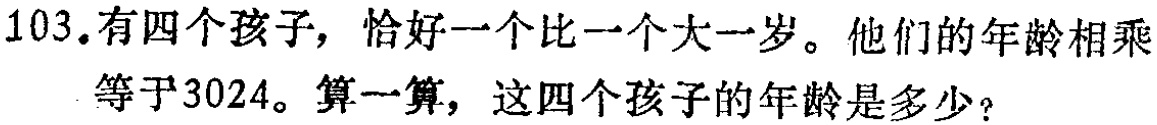
103.有四个孩子，恰好一个比一个大一岁。他们的年龄相乘

等于3024。算一算，这四个孩子的年龄是多少？